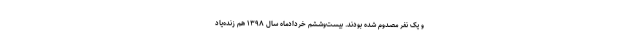
و یک نفر مصدوم شده بودند. بیست‌وششم خردادماه سال ۱۳۹۸ هم زنده‌یاد